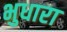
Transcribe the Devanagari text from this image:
भुधारा